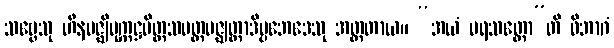
သဗ္ဗေသု ဟီနမဇ္ဈိမုက္ကဋ္ဌမိတ္တသပတ္တမဇ္ဈတ္တာဒိပ္ပဘေဒေသု အတ္တတာယ။ “အယံ ပရသတ္တော”တိ ဝိဘာဂံ